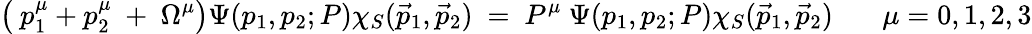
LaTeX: \left(~p_{1}^{\mu}+p_{2}^{\mu}~+~\Omega^{\mu}\right)\Psi(p_{1},p_{2};P)\chi_{S}(\vec{p}_{1},\vec{p}_{2})~=~P^{\mu}~\Psi(p_{1},p_{2};P)\chi_{S}(\vec{p}_{1},\vec{p}_{2})~~~~~~~\mu=0,1,2,3